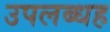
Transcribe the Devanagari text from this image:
उपलब्धह